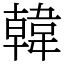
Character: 韓